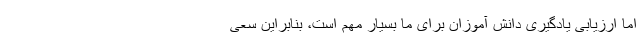
اما ارزیابی یادگیری دانش آموزان برای ما بسیار مهم است، بنابراین سعی